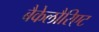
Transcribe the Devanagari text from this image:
बैकेलौरिएट